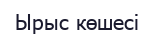
Ырыс көшесі